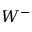
W ^ { - }